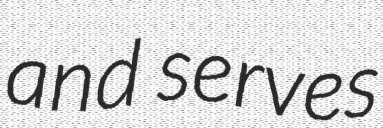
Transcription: and serves